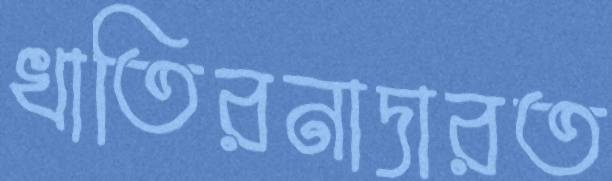
খাতিরনাদারত